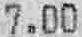
7.00